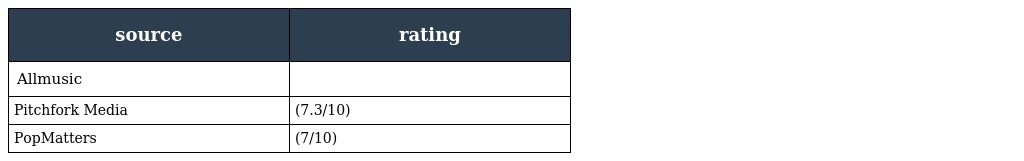
| source | rating |
 | --- | --- |
 | Allmusic |  |
 | Pitchfork Media | (7.3/10) |
 | PopMatters | (7/10) |